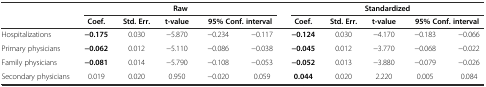
<table><thead><tr><td></td><td colspan="5"><b>Raw</b></td><td colspan="5"><b>Standardized</b></td></tr><tr><td></td><td><b>Coef.</b></td><td><b>Std. Err.</b></td><td><b>t-value</b></td><td colspan="2"><b>95% Conf. interval</b></td><td><b>Coef.</b></td><td><b>Std. Err.</b></td><td><b>t-value</b></td><td colspan="2"><b>95% Conf. interval</b></td></tr></thead><tbody><tr><td>Hospitalizations</td><td><b>-0.175</b></td><td>0.030</td><td>-5.870</td><td>-0.234</td><td>-0.117</td><td><b>-0.124</b></td><td>0.030</td><td>-4.170</td><td>-0.183</td><td>-0.066</td></tr><tr><td>Primary physicians</td><td><b>-0.062</b></td><td>0.012</td><td>-5.110</td><td>-0.086</td><td>-0.038</td><td><b>-0.045</b></td><td>0.012</td><td>-3.770</td><td>-0.068</td><td>-0.022</td></tr><tr><td>Family physicians</td><td><b>-0.081</b></td><td>0.014</td><td>-5.790</td><td>-0.108</td><td>-0.053</td><td><b>-0.052</b></td><td>0.013</td><td>-3.880</td><td>-0.079</td><td>-0.026</td></tr><tr><td>Secondary physicians</td><td>0.019</td><td>0.020</td><td>0.950</td><td>-0.020</td><td>0.059</td><td><b>0.044</b></td><td>0.020</td><td>2.220</td><td>0.005</td><td>0.084</td></tr></tbody></table>